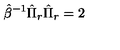
\hat { \beta } ^ { - 1 } \hat { \Pi } _ { r } \hat { \Pi } _ { r } = 2